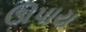
ઊપાય